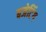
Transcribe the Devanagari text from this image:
बजेटिंग